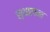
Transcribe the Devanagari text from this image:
स्थाापना